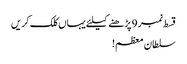
قسط نمبر 9 پڑھنے کیلئے یہاں کلک کریں
سلطان معظم!